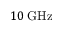
1 0 \: \mathrm { { G H z } }